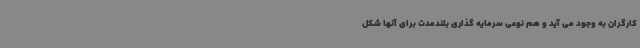
کارگران به وجود می آید و هم نوعی سرمایه گذاری بلندمدت برای آنها شکل